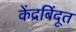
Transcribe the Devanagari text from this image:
केंद्रबिंदूत